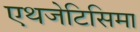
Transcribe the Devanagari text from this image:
एथजेटिसिमा